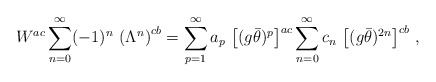
\begin{align*}W^{ac}\sum_{n=0}^\infty(-1)^n\,\left(\Lambda^n\right)^{cb}=\sum_{p=1}^\infty a_p\,\left[(g\bar\theta)^p\right]^{ac}\sum_{n=0}^\infty c_n\,\left[(g\bar\theta)^{2n}\right]^{cb}\,,\end{align*}